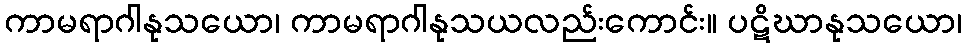
ကာမရာဂါနုသယော၊ ကာမရာဂါနုသယလည်းကောင်း။ ပဋိဃာနုသယော၊